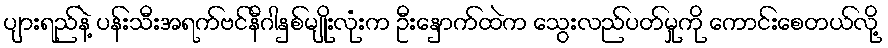
ပျားရည်နဲ့ ပန်းသီးအရက်ဗင်နီဂါနှစ်မျိုးလုံးက ဦးနှောက်ထဲက သွေးလည်ပတ်မှုကို ကောင်းစေတယ်လို့